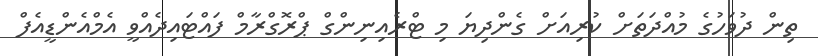
ތިން ދުވަހުގެ މުއްދަތަށް ކުރިއަށް ގެންދިޔަ މި ޓްރެއިނިންގް ޕްރޮގްރާމް ފައްޓައިދެއްވީ އެމްއެންޑީއެފް